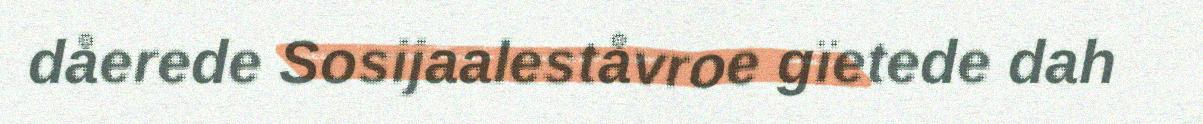
dåerede Sosijaaleståvroe gïetede dah